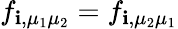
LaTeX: f_{\mathbf{i},\mu_{1}\mu_{2}}=f_{\mathbf{i},\mu_{2}\mu_{1}}